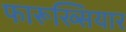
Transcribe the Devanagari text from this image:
फारूख्सियार